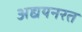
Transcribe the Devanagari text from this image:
अद्ययनरत